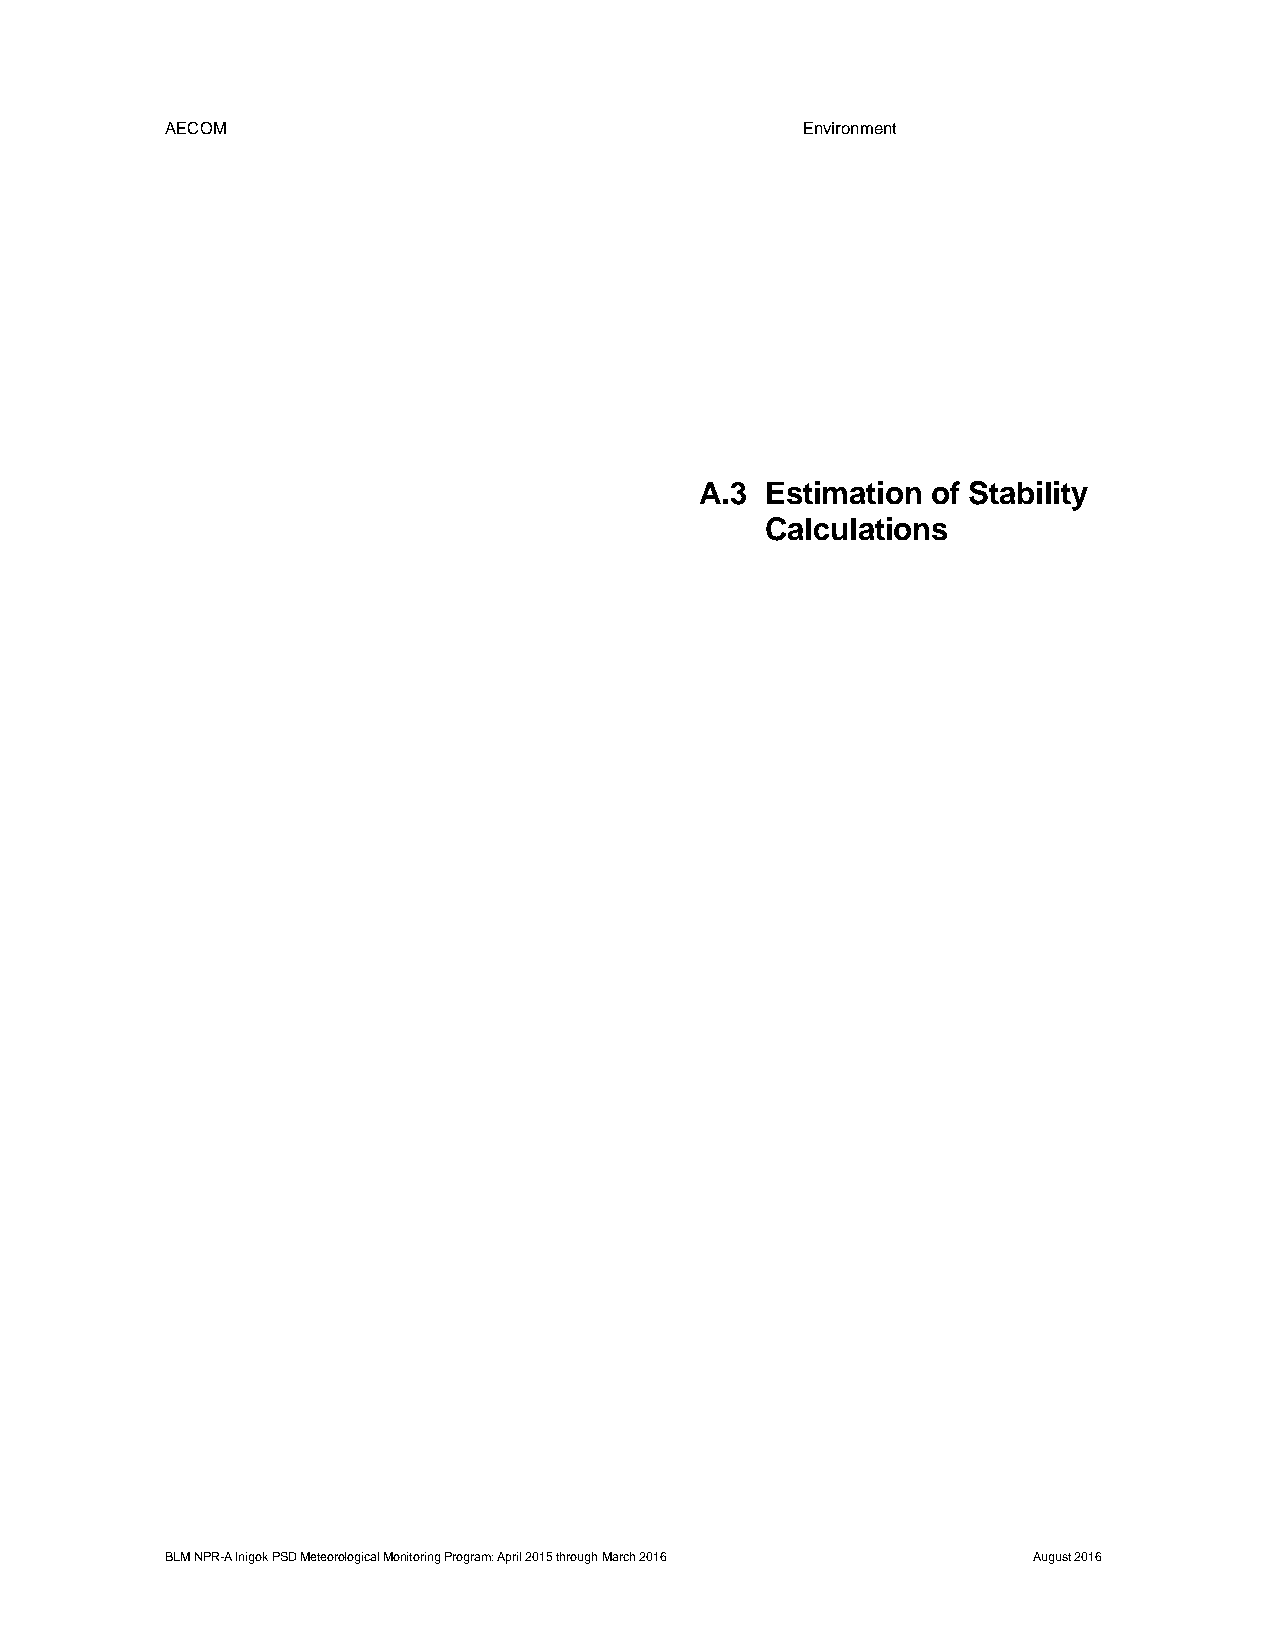
AECOM                                     Environment
 A.3  Estimation of Stability
 Calculations
 BLM NPR-A Inigok PSD Meteorological Monitoring Program: April 2015 through March 2016 August 2016